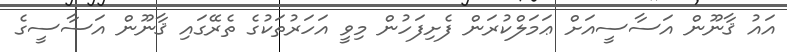
އައު ޤާނޫން އަސާސީއަށް ޢަމަލްކުރަން ފެށިފަހުން މިވީ އަހަރުތަކުގެ ތެރޭގައި ޤާނޫން އަސާސީގެ